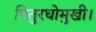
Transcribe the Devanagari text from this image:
पितुरधोमुखी।